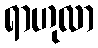
ရာဟုလာ